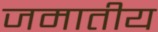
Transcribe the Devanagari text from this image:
जमातीय